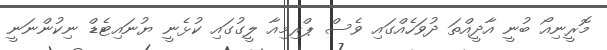
މޮރީނިއޯ ބުނީ އާދީއްތަ ދުވަހެއްގައި ވެސް ޕްރިމިއާ ލީގުގައި ކުޅެނީ ޔުނައިޓެޑް ނިކުންނަނީ